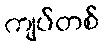
ကျပ်တစ်